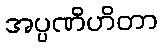
အပ္ပဏိဟိတာ